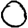
Digit: 0